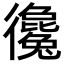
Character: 𢖞